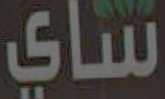
ساي